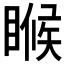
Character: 𬑟